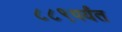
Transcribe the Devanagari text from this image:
८८९पर्यंत